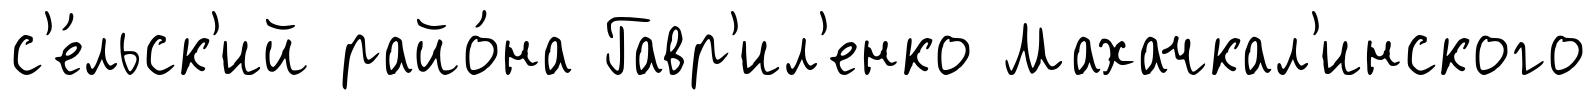
с'е́льск'ий райо́на Гавр'ил'енко Махачкал'инского